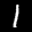
Label: 1